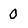
Character: 0